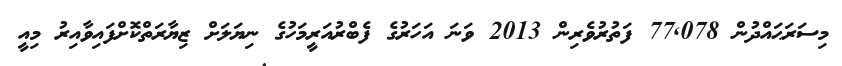
މިސަރަޙައްދުން 77